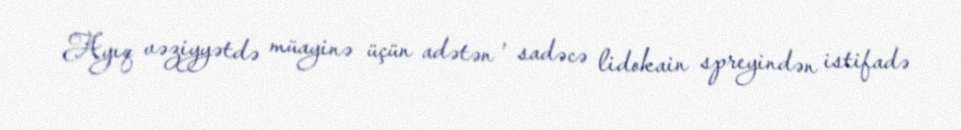
Ayıq vəziyyətdə müayinə üçün adətən , sadəcə lidokain spreyindən istifadə